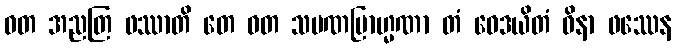
ဝတ အညတြ ဖဿာတိ တေ ဝတ သမဏဗြာဟ္မဏာ တံ ဝေဒယိတံ ဝိနာ ဖဿေန